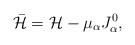
\begin{align*}\bar{{\cal H}}={\cal H}-\mu_{\alpha} J_{\alpha}^0,\end{align*}